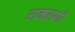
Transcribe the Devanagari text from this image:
रामराणी